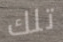
تلك